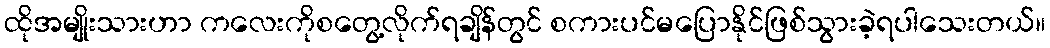
ထိုအမျိုးသားဟာ ကလေးကိုစတွေ့လိုက်ရချိန်တွင် စကားပင်မပြောနိုင်ဖြစ်သွားခဲ့ရပါသေးတယ်။